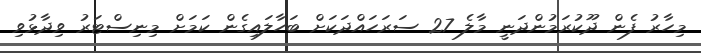
މިހާރު ފެން ދޫކުރަމުންދަނީ މާލެ 27 ސަރަހައްދަކަށް ބަހާލައިގެން ކަމަށް މިނިސްޓަރު ވިދާޅުވި